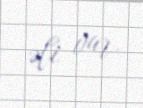
əli var.